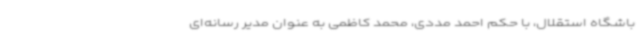
باشگاه استقلال، با حکم احمد مددی، محمد کاظمی به عنوان مدیر رسانه‌ای